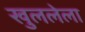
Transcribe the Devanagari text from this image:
खुललेला